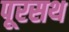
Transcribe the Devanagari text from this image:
पूरसथ